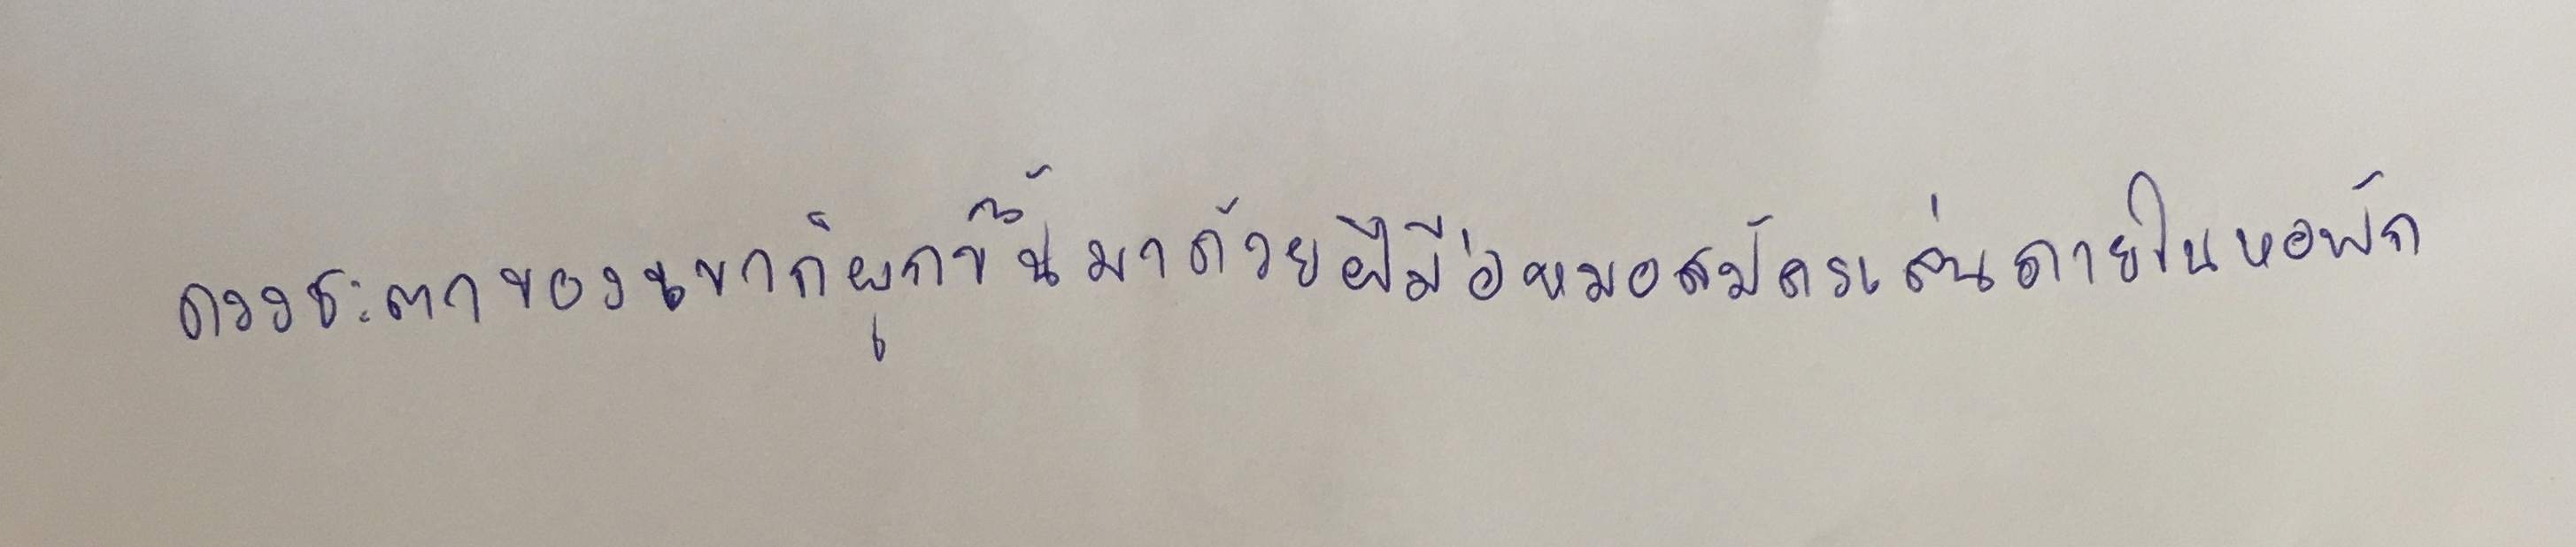
ดวงชะตาของเขาก็ผูกขึ้นมาด้วยฝีมือหมอสมัครเล่นภายในหอพัก